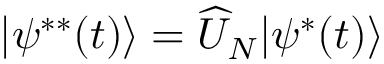
| \psi ^ { * * } ( t ) \rangle = \widehat { U } _ { N } | \psi ^ { * } ( t ) \rangle